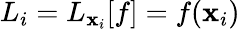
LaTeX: L_{i}=L_{\textbf{x}_{i}}[f]=f(\textbf{x}_{i})